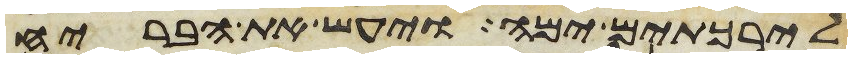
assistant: לירכתים ימה ויעש את הבריח